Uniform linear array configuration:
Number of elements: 16
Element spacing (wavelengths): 0.75
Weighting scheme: hamming
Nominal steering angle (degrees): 0
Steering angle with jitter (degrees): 0.3603
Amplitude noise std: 0.05
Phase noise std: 0.05

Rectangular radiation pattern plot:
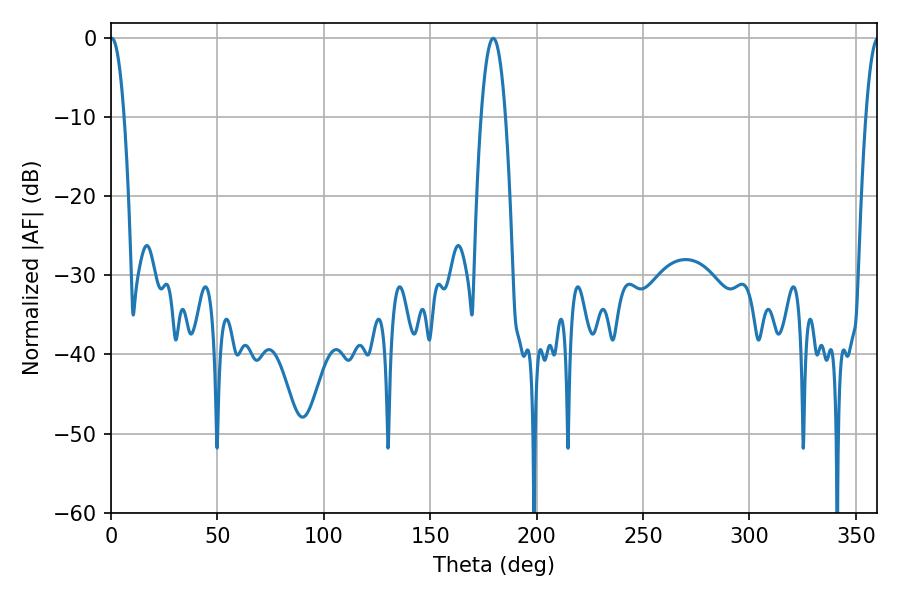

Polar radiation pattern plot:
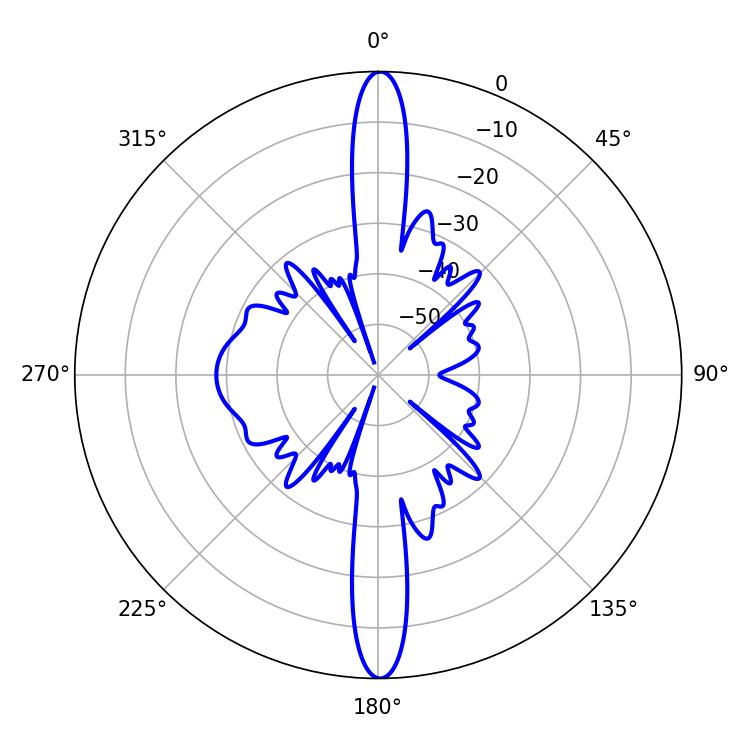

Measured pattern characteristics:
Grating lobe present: TRUE
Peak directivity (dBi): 33.592
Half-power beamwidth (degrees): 3.6
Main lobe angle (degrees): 0.36